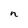
Character: n